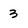
Character: 3